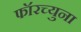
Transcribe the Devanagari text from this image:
फॉरच्युना